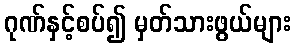
ဂုဏ်နှင့်စပ်၍ မှတ်သားဖွယ်များ